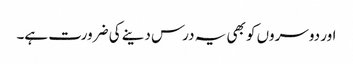
اور دوسروں کو بھی یہ درس دینے کی ضرورت ہے۔